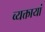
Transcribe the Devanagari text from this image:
व्यक्तायां